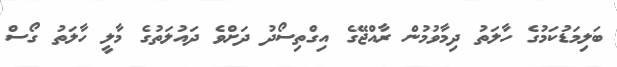
ބަލިމަަޑުކަމުގެ ހާލަތު ދިމާވުމުން ރާއްޖޭގެ އިގްތިސޯދު ދަށްވެ ދައުލަތުގެ މާލީ ހާލަތު ގޯސް